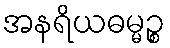
အနရိယဓမ္မဉ္စ